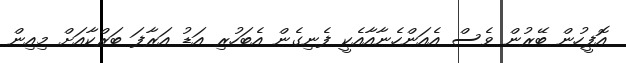
އޮފީހުން ބޭރުން ވެސް އެއަންހެނާއާއެކީ ފެނިގެން އެބަހުރި އަޑު އަރާފަ ބަރްކާއަށް މިއިން